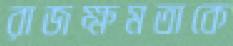
রাজক্ষমতাকে